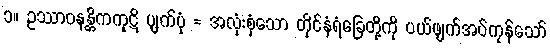
၁။ ဥဿာဝနန္တိကကုဋိ ပျက်ပုံ = အလုံးစုံသော တိုင်နံရံခြေတို့ကို ပယ်ဖျက်အပ်ကုန်သော်